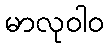
မာလုဝါဝ